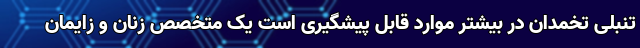
تنبلی تخمدان در بیشتر موارد قابل پیشگیری است یک متخصص زنان و زایمان